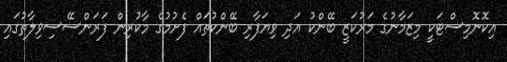
އިކޮނޮމިސްޓަކީ މިޒަމާނުގެ މަރުކަޒީ ބޭންކު އަދި ވިޔަފާރި ބޭންކުތައް ފެށުމުގެ މާކުރިން ފަރަންސޭސިވިލާތުގައި